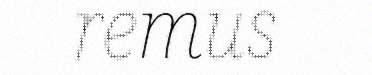
remus